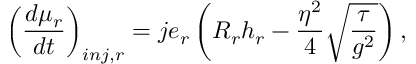
\left( \frac { d \mu _ { r } } { d t } \right) _ { i n j , r } = j e _ { r } \left( R _ { r } h _ { r } - \frac { \eta ^ { 2 } } { 4 } \sqrt { \frac { \tau } { g ^ { 2 } } } \right) ,